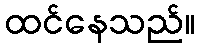
ထင်နေသည်။